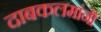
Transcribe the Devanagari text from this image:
दाबकलमांनी